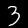
Digit: 3